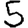
Digit: 5